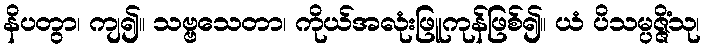
နိပတွာ၊ ကျ၍။ သဗ္ဗသေတာ၊ ကိုယ်အလုံးဖြူကုန်ဖြစ်၍။ ယံ ပိသမ္ပဇ္ဇိံသု၊